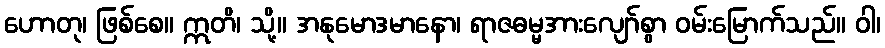
ဟောတု၊ ဖြစ်စေ။ ဣတိ၊ သို့။ အနုမောဒမာနော၊ ရာဇဓမ္မအားလျော်စွာ ဝမ်းမြောက်သည်။ ဝါ၊